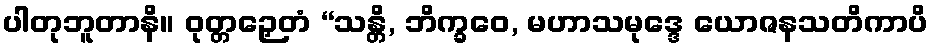
ပါတုဘူတာနိ။ ဝုတ္တဉှေတံ “သန္တိ, ဘိက္ခဝေ, မဟာသမုဒ္ဒေ ယောဇနသတိကာပိ